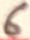
Text: 6